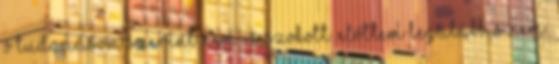
ő tudomásom szerint nem is szokott. Előttem legalábbis nem.